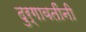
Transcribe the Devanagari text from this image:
दुर्गावतींनी